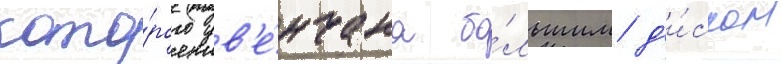
кото́рого ув'е́нчана бо́льшим д'и́ском